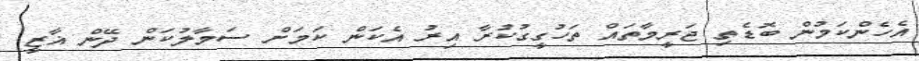
އެހެންކަމުން ބޮޑެތި ޖަރީމާތައް ތަހުގީގުކުރާ އިރު އެކަން ކަމަށް ސަމާލުކަން ދޭން ޣާޒީ